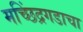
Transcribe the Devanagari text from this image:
मच्छिंद्रगडाचा